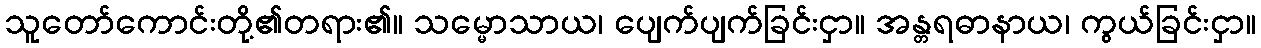
သူတော်ကောင်းတို့၏တရား၏။ သမ္မောသာယ၊ ပျေက်ပျက်ခြင်းငှာ။ အန္တရဓာနာယ၊ ကွယ်ခြင်းငှာ။